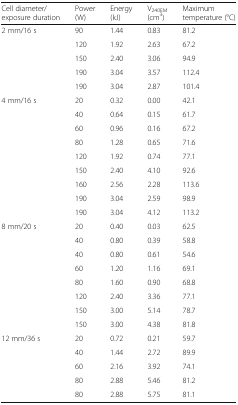
<table><thead><tr><td><b>Cell diameter/exposure duration</b></td><td><b>Power (W)</b></td><td><b>Energy (kJ)</b></td><td><b>V<sub>240EM</sub> (cm<sup>3</sup>)</b></td><td><b>Maximum temperature (°C)</b></td></tr></thead><tbody><tr><td rowspan="5">2 mm/16 s</td><td>90</td><td>1.44</td><td>0.83</td><td>81.2</td></tr><tr><td>120</td><td>1.92</td><td>2.63</td><td>67.2</td></tr><tr><td>150</td><td>2.40</td><td>3.06</td><td>94.9</td></tr><tr><td>190</td><td>3.04</td><td>3.57</td><td>112.4</td></tr><tr><td>190</td><td>3.04</td><td>2.87</td><td>101.4</td></tr><tr><td rowspan="9">4 mm/16 s</td><td>20</td><td>0.32</td><td>0.00</td><td>42.1</td></tr><tr><td>40</td><td>0.64</td><td>0.15</td><td>61.7</td></tr><tr><td>60</td><td>0.96</td><td>0.16</td><td>67.2</td></tr><tr><td>80</td><td>1.28</td><td>0.65</td><td>71.6</td></tr><tr><td>120</td><td>1.92</td><td>0.74</td><td>77.1</td></tr><tr><td>150</td><td>2.40</td><td>4.10</td><td>92.6</td></tr><tr><td>160</td><td>2.56</td><td>2.28</td><td>113.6</td></tr><tr><td>190</td><td>3.04</td><td>2.59</td><td>98.9</td></tr><tr><td>190</td><td>3.04</td><td>4.12</td><td>113.2</td></tr><tr><td rowspan="8">8 mm/20 s</td><td>20</td><td>0.40</td><td>0.03</td><td>62.5</td></tr><tr><td>40</td><td>0.80</td><td>0.39</td><td>58.8</td></tr><tr><td>40</td><td>0.80</td><td>0.61</td><td>54.6</td></tr><tr><td>60</td><td>1.20</td><td>1.16</td><td>69.1</td></tr><tr><td>80</td><td>1.60</td><td>0.90</td><td>68.8</td></tr><tr><td>120</td><td>2.40</td><td>3.36</td><td>77.1</td></tr><tr><td>150</td><td>3.00</td><td>5.14</td><td>78.7</td></tr><tr><td>150</td><td>3.00</td><td>4.38</td><td>81.8</td></tr><tr><td rowspan="5">12 mm/36 s</td><td>20</td><td>0.72</td><td>0.21</td><td>59.7</td></tr><tr><td>40</td><td>1.44</td><td>2.72</td><td>89.9</td></tr><tr><td>60</td><td>2.16</td><td>3.92</td><td>74.1</td></tr><tr><td>80</td><td>2.88</td><td>5.46</td><td>81.2</td></tr><tr><td>80</td><td>2.88</td><td>5.75</td><td>81.1</td></tr></tbody></table>